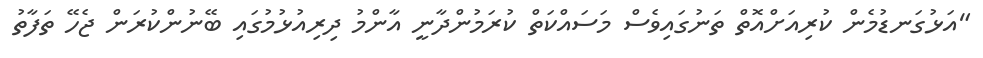
"އަޅުގަނޑުމެން ކުރިއަށްއޮތް ތަނުގައިވެސް މަސައްކަތް ކުރަމުންދާނީ އާންމު ދިރިއުޅުމުގައި ބޭނުންކުރަން ޖެހޭ ތަފާތު